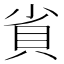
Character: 𮙷